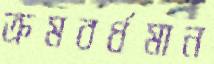
ক্রমবর্ধমান